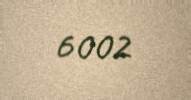
6002